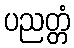
ပညတ္တံ